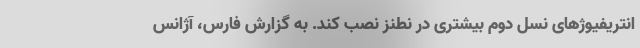
انتریفیوژهای نسل دوم بیشتری در نطنز نصب کند. به گزارش فارس، آژانس